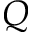
Q